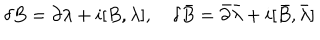
\delta B = \partial \lambda + i [ B , \lambda ] , \delta \bar { B } = \bar { \partial } \bar { \lambda } + i [ \bar { B } , \bar { \lambda } ]